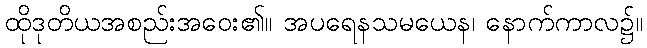
ထိုဒုတိယအစည်းအဝေး၏။ အပရေနသမယေန၊ နောက်ကာလ၌။